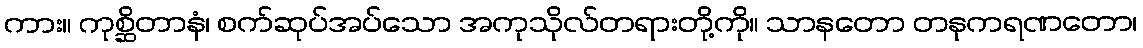
ကား။ ကုစ္ဆိတာနံ၊ စက်ဆုပ်အပ်သော အကုသိုလ်တရားတို့ကို။ သာနတော တနုကရဏတော၊